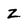
Character: Z